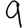
Digit: 9